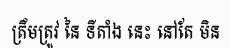
ត្រឹមត្រូវ នៃ ទីតាំង នេះ នៅតែ មិន